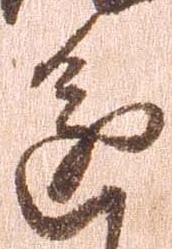
進